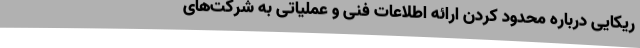
ریکایی درباره محدود کردن ارائه اطلاعات فنی و عملیاتی به شرکت‌های